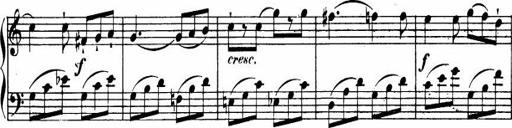
Title: Le bouquetier
Composer: Anton Diabelli
Key: G major
 C major
 F major
 C major